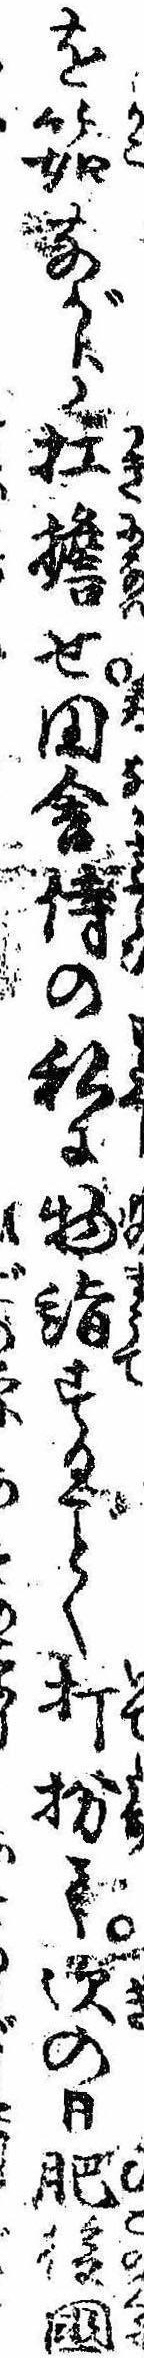
を筎ながら扛担せ田舎侍の私に物詣するく打扮て次の日肥後国